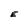
Character: E